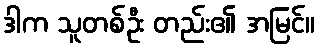
ဒါက သူတစ်ဦး တည်း၏ အမြင်။